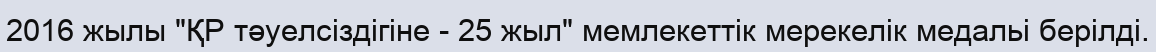
2016 жылы "ҚР тәуелсіздігіне - 25 жыл" мемлекеттік мерекелік медальі берілді.